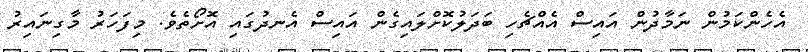
އެހެންކަމުން ނަމާދުން އައިސް އެއްޗެހި ބަދަލުކޮށްލައިގެން އައިސް އެނދުގައި އޮށޯތެވެ. މިފަހަރު މާގިނައިރު